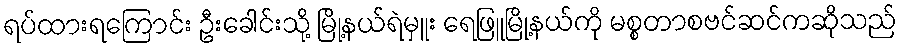
ရပ်ထားရကြောင်း ဦးခေါင်းသို့ မြို့နယ်ရဲမှူး ရေဖြူမြို့နယ်ကို မစ္စတာစဗင်ဆင်ကဆိုသည်